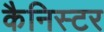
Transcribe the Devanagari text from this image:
कैनिस्टर